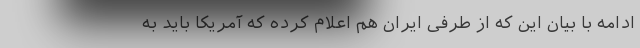
ادامه با بیان این که از طرفی ایران هم اعلام کرده که آمریکا باید به